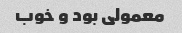
معمولی بود و خوب